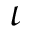
\iota